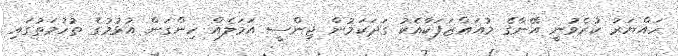
ހައްޔަރު ކުރެވުނީ އޭނާގެ މުއައްޒަފަކާއެކު ގަދަކަމުން ޖިންސީ އަމަލެއް ހިންގަން އުޅުމުގެ ތުހުމަތުގައި